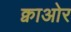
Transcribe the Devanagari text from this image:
क्वाओर